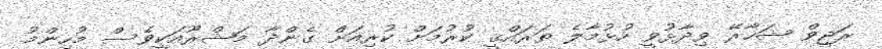
ރަޖީވް ޝަހާރޭ ވިދާޅުވީ ހުޅުމާލެ ތަރައްޤީ ކުރުމަށް ކުރިއަށް ގެންދާ މަޝްރޫއަކީވެސް މުހިންމު